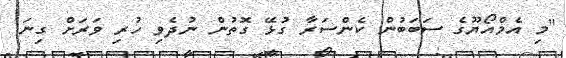
"މި އެމްއޯޔޫގެ ސަބަބުން ކެންސަރާ ގުޅޭ ގޮތުން ނުދެވި ހުރި ވަރަށް ގިނަ